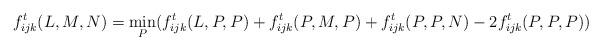
LaTeX: \begin{align*} f^t_{ijk}(L,M,N) = \min_{P} (f^t_{ijk}(L,P,P) + f^t_{ijk}(P,M,P) + f^t_{ijk}(P,P,N) - 2f^t_{ijk}(P,P,P))\end{align*}